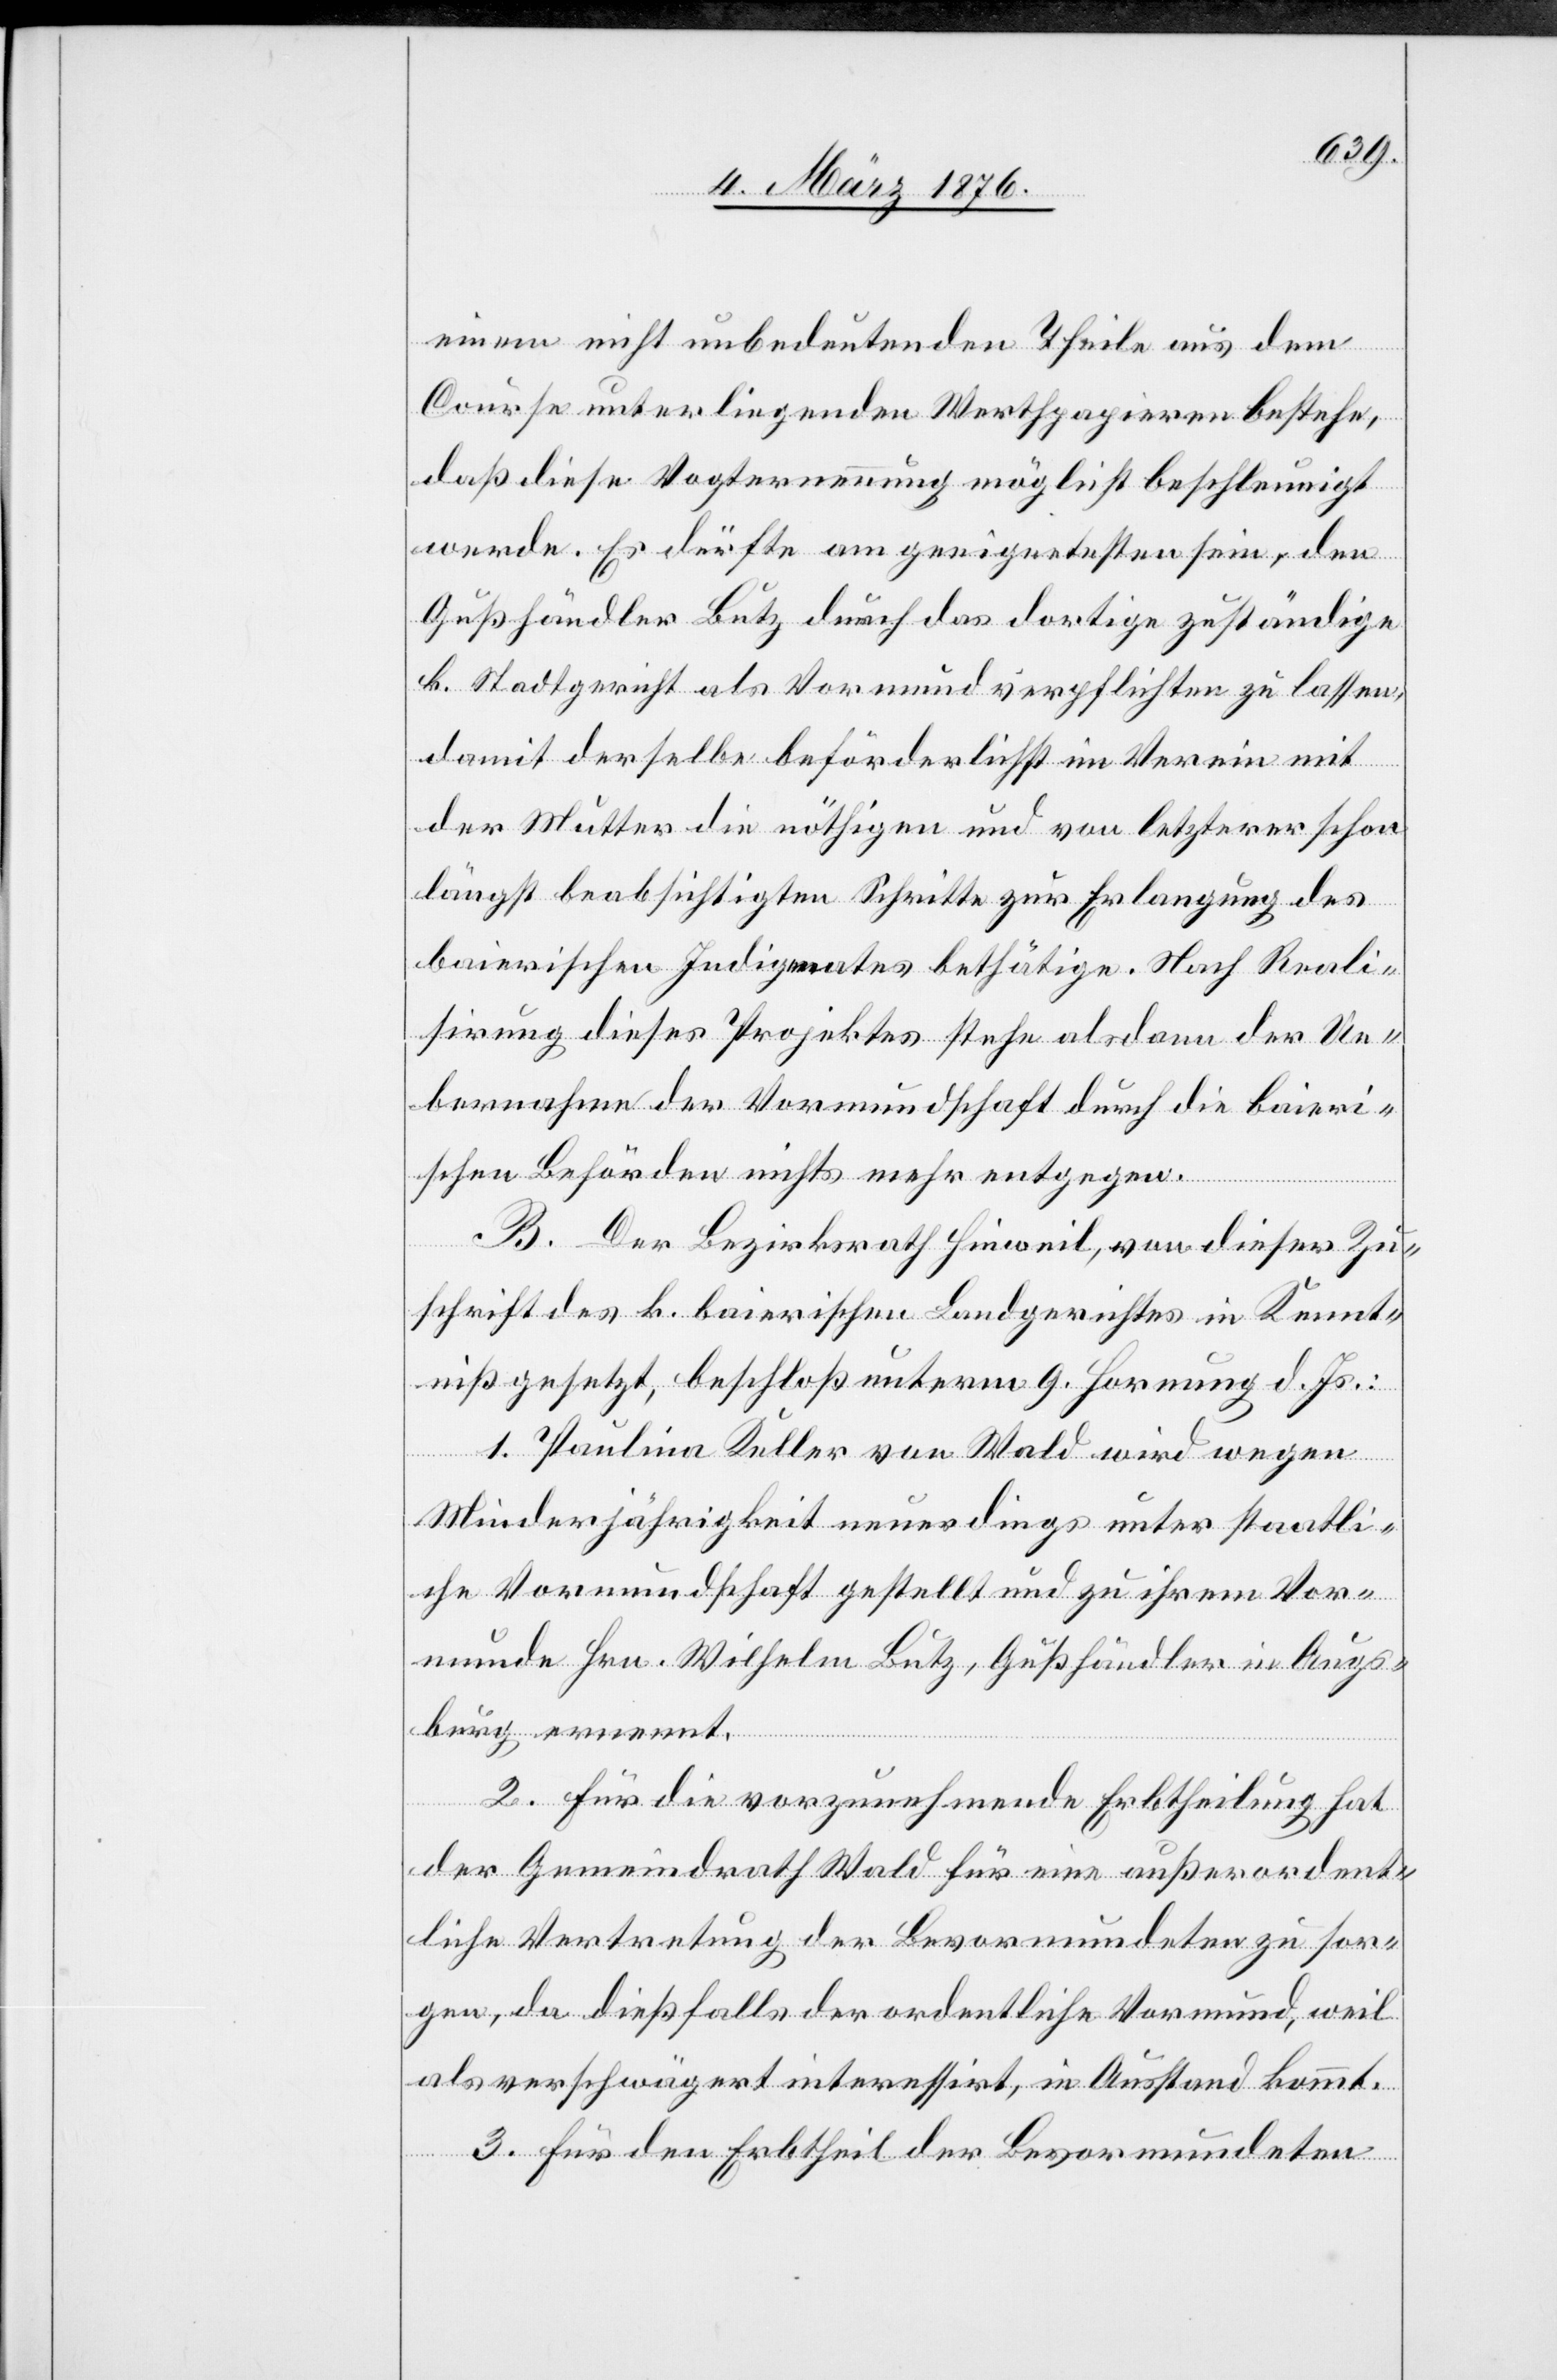
einem nicht unbedeutenden Theile aus dem
Course unterliegenden Werthpapieren bestehe,
daß diese Vogternennung möglichst beschleunigt
werde. Es dürfte am geeignetsten sein, den
Gußhändler Lutz durch das dortige zuständige
k. Stadtgericht als Vormund verpflichten zu lassen,
damit derselbe beförderlichst im Verein mit
der Mutter die nöthigen und von letzterer schon
längst beabsichtigten Schritte zur Erlangung des
bairischen Judigmates [sic!] bethätige. Nach Reali¬
sirung dieses Projektes stehe alsdann der Ue¬
bernahme der Vormundschaft durch die bairi¬
schen Behörden nichts mehr entgegen.
B. Der Bezirksrath Hinweil, von dieser Zu¬
schrift des k. bairischen Landgerichtes in Kennt¬
niß gesetzt, beschloß unterm 9. Hornung d. Js.:
1. Paulina Keller von Wald wird wegen
Minderjährigkeit neuerdings unter staatli¬
che Vormundschaft gestellt und zu ihrem Vor¬
munde Hrn. Wilhelm Lutz, Gußhändler in Augs¬
burg, ernannt.
2. für die vorzunehmende Erbtheilung hat
der Gemeindrath Wald für eine außerordent¬
liche Vertretung der Bevormundung zu sor¬
gen, da dießfalls der ordentliche Vormund, weil
als verschwägert interessiert, in Ausstand kommt.
3. für den Erbtheil der Bevormundeten